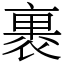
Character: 裹